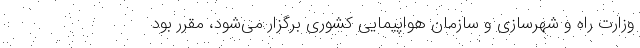
وزارت راه و شهرسازی و سازمان هواپیمایی کشوری برگزار می‌شود، مقرر بود